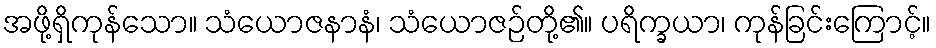
အဖို့ရှိကုန်သော။ သံယောဇနာနံ၊ သံယောဇဉ်တို့၏။ ပရိက္ခယာ၊ ကုန်ခြင်းကြောင့်။